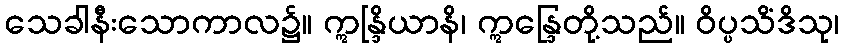
သေခါနီးသောကာလ၌။ ဣန္ဒြိယာနိ၊ ဣန္ဒြေတို့သည်။ ဝိပ္ပသိံဒိသု၊